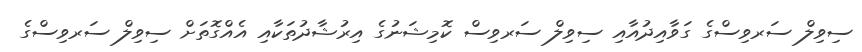
ސިވިލް ސަރވިސްގެ ގަވާއިދުއާއި ސިވިލް ސަރވިސް ކޮމިޝަނުގެ އިރުޝާދުތަކާއި އެއްގޮތަށް ސިވިލް ސަރވިސްގެ